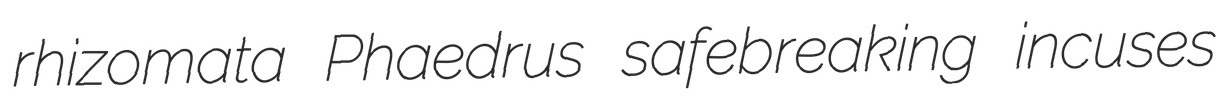
rhizomata Phaedrus safebreaking incuses